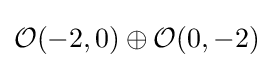
{\mathcal {O}}(-2,0)\oplus {\mathcal {O}}(0,-2)